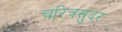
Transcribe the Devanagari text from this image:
चरित्रसुंदर